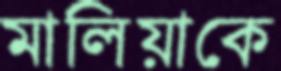
মালিয়াকে